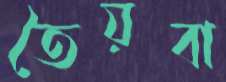
তৈয়বা